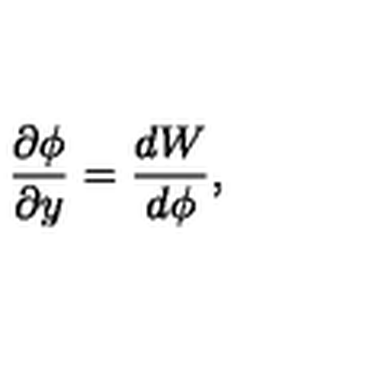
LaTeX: \frac { \partial \phi } { \partial y } = \frac { d W } { d \phi } ,